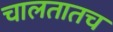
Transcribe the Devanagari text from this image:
चालतातच